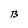
Character: B